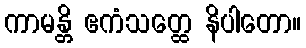
ကာမန္တိ ဧကံသတ္ထေ နိပါတော။